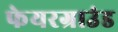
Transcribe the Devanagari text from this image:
फेयरग्राउंड